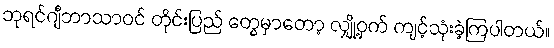
ဘုရင်ဂျီဘာသာဝင် တိုင်းပြည် တွေမှာတော့ လျှို့ဝှက် ကျင့်သုံးခဲ့ကြပါတယ်။